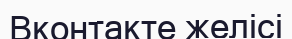
Вконтакте желісі